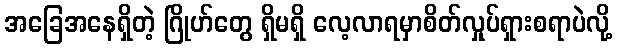
အခြေအနေရှိတဲ့ ဂြိုဟ်တွေ ရှိမရှိ လေ့လာရမှာစိတ်လှုပ်ရှားစရာပဲလို့